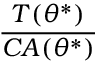
\frac { T ( \theta ^ { * } ) } { C A ( \theta ^ { * } ) }